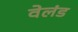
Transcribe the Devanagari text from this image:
वेलंड